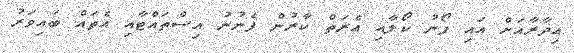
އިދާރާއަށް އައި ފޯނު ކޯލާއި އެރަތް ކާރުން ފެނުނު އިސްތައްޓާއި އެތައް ބައިވަރު